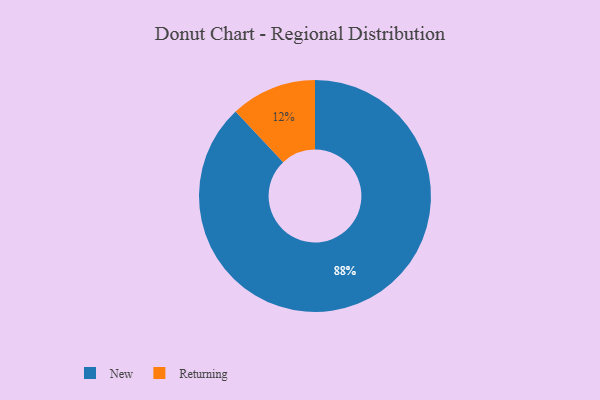
{"axis": {"x": "Category", "y": "Percentage"}, "legend": ["New", "Returning"], "data": [{"x": "New", "y": 88, "type": "New"}, {"x": "Returning", "y": 12, "type": "Returning"}]}